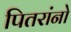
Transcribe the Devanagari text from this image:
पितरांनो